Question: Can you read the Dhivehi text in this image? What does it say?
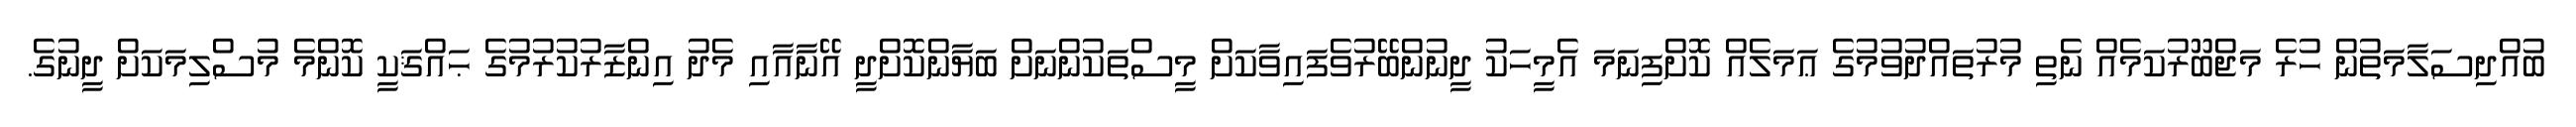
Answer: ބުއްދިސަލާމަތުން ހުރެ މަޖްބޫރުކަމެއް ނެތި މުރުތައްދުވުމުގެ ޢަމަލެއް ކޮށްފިނަމަ އެމީހަކު ދީނުންބޭރުވެފައިވާކަށް މީސްތަކުންނަށް ބަޔާންކޮށްދީ އޭނާއާއި މެދު އިންޒާރުކުރުމުގެ ޙައްޤަކީ ކޮންމެ މުސްލިމަކަށް ދީނުގެ.